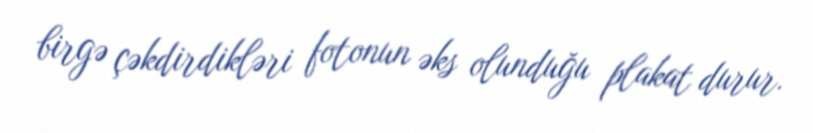
birgə çəkdirdikləri fotonun əks olunduğu plakat durur.